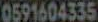
0591604335